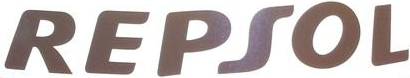
REPSOL